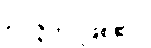
ဥပ္ပဇ္ဇတိ၊ ဖြစ်၏။